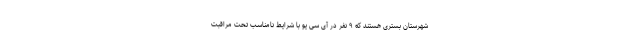
شهرستان بستری هستند که ۹ نفر در آی سی یو با شرایط نامناسب تحت مراقبت